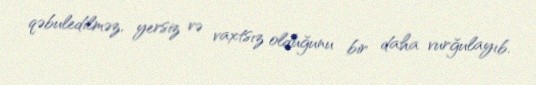
qəbuledilməz, yersiz və vaxtsız olduğunu bir daha vurğulayıb.